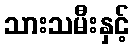
သားသမီးနှင့်